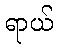
ရာယ်